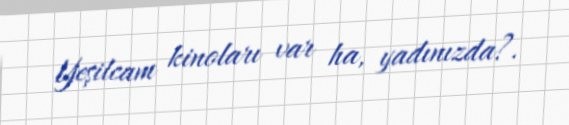
Yeşilcam kinoları var ha, yadınızda?.